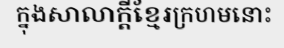
ក្នុងសាលាក្តីខ្មែរក្រហមនោះ